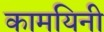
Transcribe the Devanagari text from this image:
कामयिनी